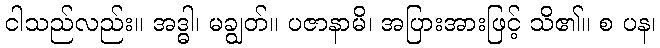
ငါသည်လည်း။ အဒ္ဓါ၊ မချွတ်။ ပဇာနာမိ၊ အပြားအားဖြင့် သိ၏။ စ ပန၊